Civil Veterinary Department. United Provinces 1932-42 - 1932-1942
Year: 1932
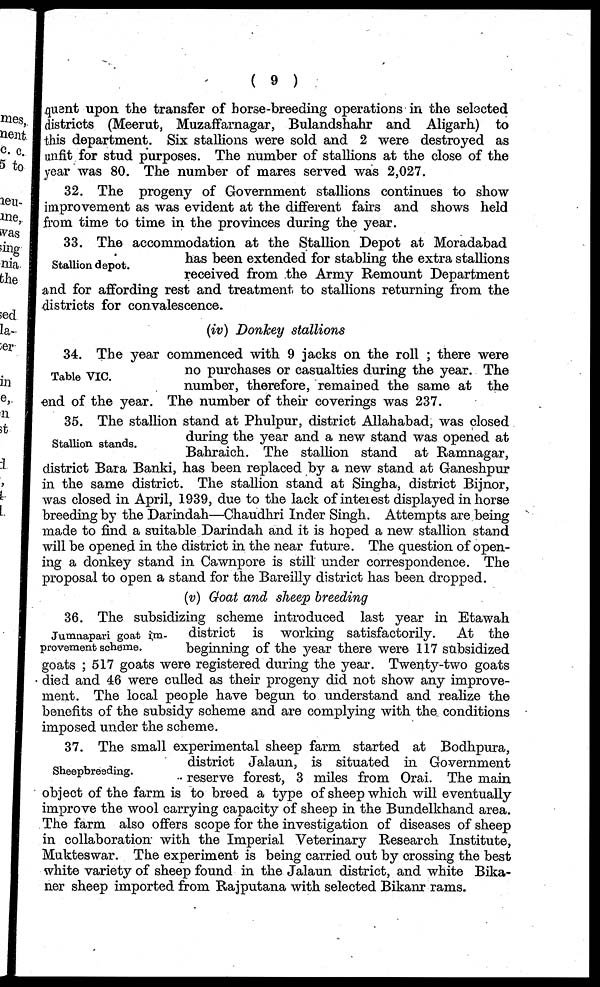
( 9 )
quent upon the transfer of horse-breeding operations in the selected
districts (Meerut, Muzaffarnagar, Bulandshahr and Aligarh) to
this department. Six stallions were sold and 2 were destroyed as
unfit for stud purposes. The number of stallions at the close of the
year was 80. The number of mares served was 2,027.
32. The progeny of Government stallions continues to show
improvement as was evident at the different fairs and shows held
from time to time in the provinces during the year.
Stallion depot.
33. The accommodation at the Stallion Depot at Moradabad
has been extended for stabling the extra stallions
received from the Army Remount Department
and for affording rest and treatment, to stallions returning from the
districts for convalescence.
(iv) Donkey stallions
Table VIC.
34. The year commenced with 9 jacks on the roll; there were
no purchases or casualties during the year. The
number, therefore, remained the same at the
end of the year. The number of their coverings was 237.
Stallion stands.
35. The stallion stand at Phulpur, district Allahabad, was closed
during the year and a new stand was opened at
Bahraich. The stallion stand at Ramnagar,
district Bara Banki, has been replaced by a new stand at Ganeshpur
in the same district. The stallion stand at Singha, district Bijnor,
was closed in April, 1939, due to the lack of interest displayed in horse
breeding by the Darindah—Chaudhri Inder Singh. Attempts are being
made to find a suitable Darindah and it is hoped a new stallion stand
will be opened in the district in the near future. The question of open-
ing a donkey stand in Cawnpore is still under correspondence. The
proposal to open a stand for the Bareilly district has been dropped.
(v) Goat and sheep breeding
Jumnapari goat im-
provement scheme.
36. The subsidizing scheme introduced last year in Etawah
district is working satisfactorily.
At the
beginning of the year there were 117 subsidized
goats; 517 goats were registered during the year. Twenty-two goats
died and 46 were culled as their progeny did not show any improve-
ment. The local people have begun to understand and realize the
benefits of the subsidy scheme and are complying with the conditions
imposed under the scheme.
Sheepbreeding.
37. The small experimental sheep farm started at Bodhpura,
district Jalaun, is situated in Government
reserve forest, 3 miles from Orai. The main
object of the farm is to breed a type of sheep which will eventually
improve the wool carrying capacity of sheep in the Bundelkhand area.
The farm also offers scope for the investigation of diseases of sheep
in collaboration with the Imperial Veterinary Research Institute,
Mukteswar. The experiment is being carried out by crossing the best
white variety of sheep found in the Jalaun district, and white Bika-
ner sheep imported from Rajputana with selected Bikanr rams.